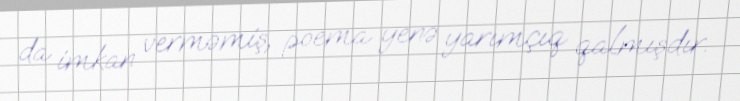
da imkan verməmiş, poema yenə yarımçıq qalmışdır.